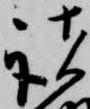
諸